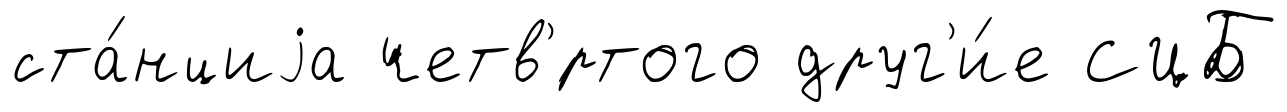
ста́нциjа четв'́ртого друг'и́е СЦБ